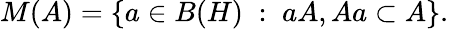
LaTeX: M(A)=\{ a\in B(H)\; :\; aA,Aa\subset A\} .